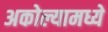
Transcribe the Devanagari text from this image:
अकोल्यामध्ये